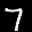
Label: 7